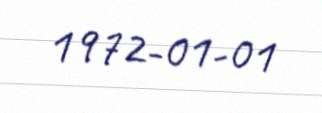
1972-01-01